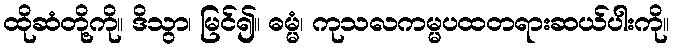
ထိုဆံတို့ကို။ ဒိသွာ၊ မြင်၍။ ဓမ္မံ၊ ကုသလကမ္မပထတရားဆယ်ပါးကို။